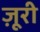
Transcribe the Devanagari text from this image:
ज़ूरी